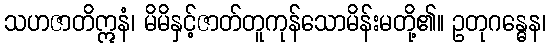
သဟဇာတိဣနံ၊ မိမိနှင့်ဇာတ်တူကုန်သောမိန်းမတို့၏။ ဥတုဂန္ဓေန၊